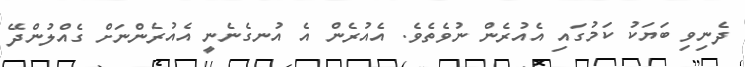
ދެނިވި ބަޔަކު ކަމުގައި އެއުރެން ނުވެތެވެ. އެއުރެން އެ އުނގެނެނީ އެއުރެންނަށް ގެއްލުންދޭ